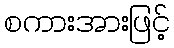
စကားအားဖြင့်